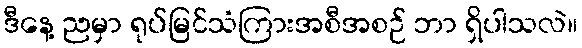
ဒီနေ့ ညမှာ ရုပ်မြင်သံကြားအစီအစဉ် ဘာ ရှိပါသလဲ။